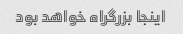
اینجا بزرگراه خواهد بود